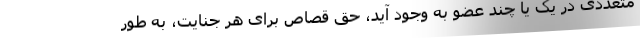
متعددی در یک یا چند عضو به وجود آید، حق قصاص برای هر جنایت، به طور